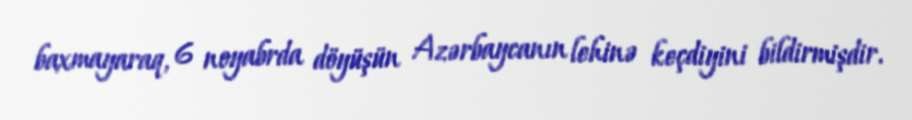
baxmayaraq, 6 noyabrda döyüşün Azərbaycanın lehinə keçdiyini bildirmişdir.